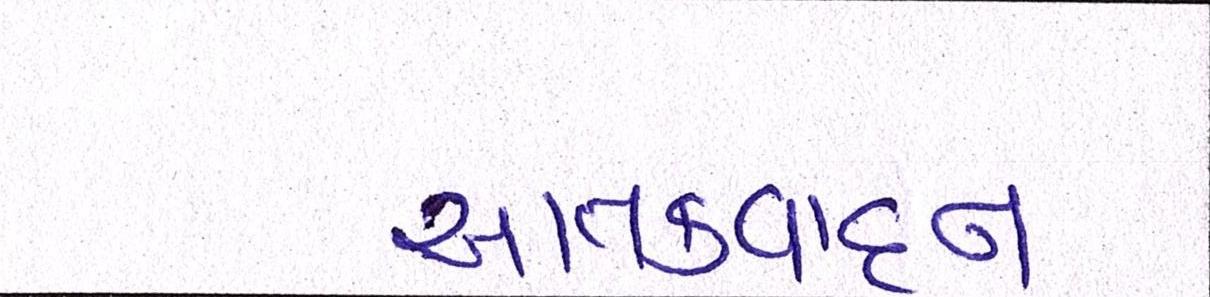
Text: આતંકવાદનો